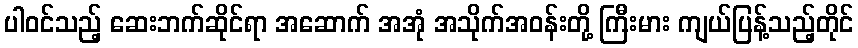
ပါဝင်သည့် ဆေးဘက်ဆိုင်ရာ အဆောက် အအုံ အသိုက်အဝန်းတို့ ကြီးမား ကျယ်ပြန့်သည့်တိုင်